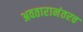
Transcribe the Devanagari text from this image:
अवतारानंतरच